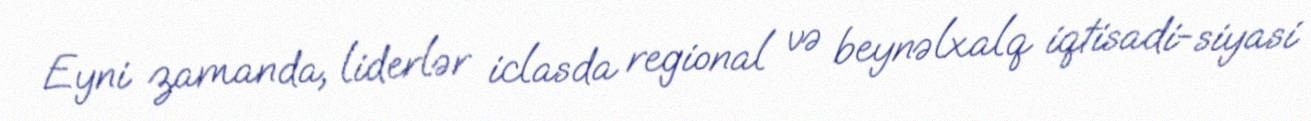
Eyni zamanda, liderlər iclasda regional və beynəlxalq iqtisadi-siyasi